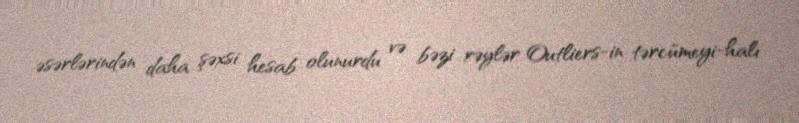
əsərlərindən daha şəxsi hesab olunurdu və bəzi rəylər Outliers-in tərcümeyi-halı